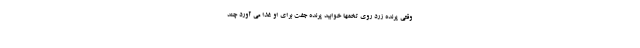
وقتی پرنده زرد روی تخمها خوابید پرنده جفت برای او غذا می آورد چند